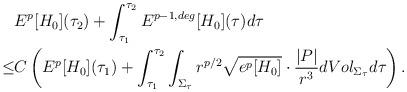
LaTeX: \begin{align*}&E^p[H_0](\tau_2)+\int_{\tau_1}^{\tau_2}E^{p-1,deg}[H_0](\tau)d\tau\\\leq &C\left( E^p[H_0](\tau_1)+\int_{\tau_1}^{\tau_2}\int_{\Sigma_\tau} r^{p/2}\sqrt{e^p[H_0]}\cdot\frac{|P|}{r^3} dVol_{\Sigma_\tau} d\tau \right).\end{align*}